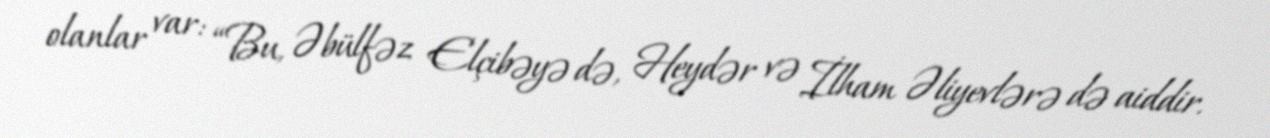
olanlar var: “Bu, Əbülfəz Elçibəyə də, Heydər və İlham Əliyevlərə də aiddir.